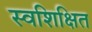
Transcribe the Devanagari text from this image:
स्वशिक्षित